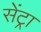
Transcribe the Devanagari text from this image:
सेंट्रा